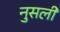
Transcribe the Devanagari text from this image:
नुसली